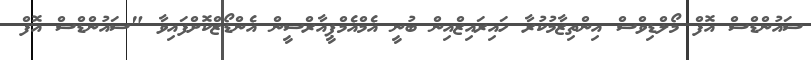
ސައުންޑްސް އޮފް މޯލްޑިވްސް އިންތިޒާމުކުރާ ހައިރައިޒްއިން ބުނީ އެމްއެމްޕީއާރްސީން އެންޑޯޒްކޮށްފައިވާ "ސައުންޑްސް އޮފް